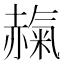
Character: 𧹵